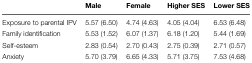
|  | Male | Female | Higher SES | Lower SES |
 | --- | --- | --- | --- | --- |
 | Exposure to parental IPV | 5.57 (6.50) | 4.74 (4.63) | 4.05 (4.04) | 6.53 (6.48) |
 | Family identification | 5.53 (1.52) | 6.07 (1.37) | 6.18 (1.20) | 5.44 (1.69) |
 | Self-esteem | 2.83 (0.54) | 2.70 (0.43) | 2.75 (0.39) | 2.71 (0.57) |
 | Anxiety | 5.70 (3.79) | 6.65 (4.33) | 5.71 (3.75) | 7.53 (4.68) |